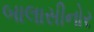
બાલાસીનોર